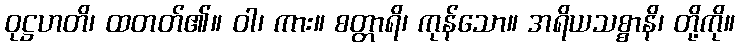
ဝုဋ္ဌဟတိ၊ ထတတ်၏။ ဝါ၊ ကား။ စတ္တာရိ၊ ကုန်သော။ အရိယသစ္စာနိ၊ တို့ကို။